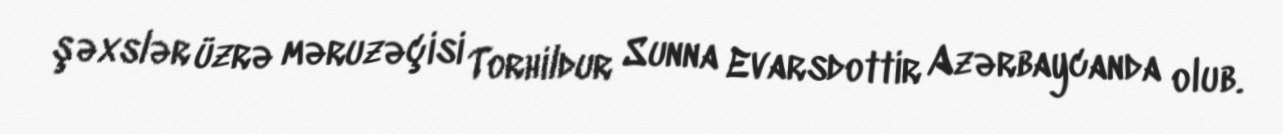
şəxslər üzrə məruzəçisi Torhildur Sunna Evarsdottir Azərbaycanda olub.